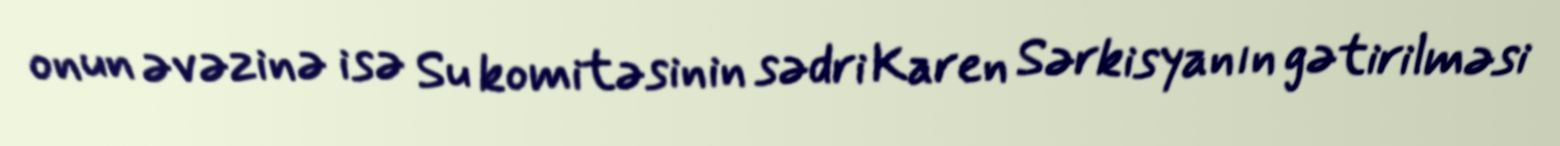
onun əvəzinə isə Su komitəsinin sədri Karen Sərkisyanın gətirilməsi